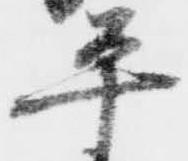
平